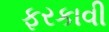
ફરકાવી